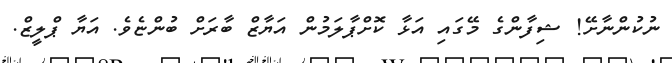
ނުކުންނާށޭ! ޝިފާންގެ މޭގައި އަޅާ ކޮށްޕާލަމުން އަޔާޒް ބާރަށް ބުންޏެވެ. އަޔާ ޕްލީޒް.